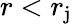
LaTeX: r<r_{\mathrm{j}}